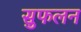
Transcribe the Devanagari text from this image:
सुफलन